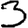
Digit: 3